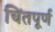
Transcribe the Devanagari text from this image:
चिंतपूर्ण